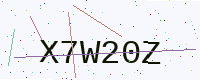
Text: X7W20Z